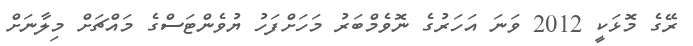
ރޭގެ މޮޅަކީ 2012 ވަނަ އަހަރުގެ ނޮވެމްބަރު މަހަށްފަހު ޔުވެންޓަސްގެ މައްޗަށް މިލާނަށް